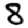
Digit: 8